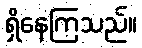
ရှိနေကြသည်။